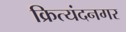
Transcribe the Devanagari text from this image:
क्रित्यंदनगर